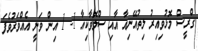
ގްރީސް މޮޅުވިއިރު ލިތުއޭނިއާ އާއި ސްލޮވާކިއާ 1- 1 އިން ވަނީ އެއްވަރުވެފަ